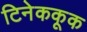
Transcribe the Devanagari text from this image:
टिनेककूक